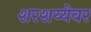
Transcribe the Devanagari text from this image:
शरशय्येवर